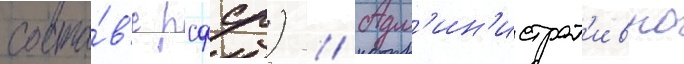
соста́в'е рсфср) // Адм'ин'истрат'ивно